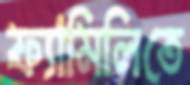
ফ্যামিলিতে